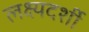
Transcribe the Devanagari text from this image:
लक्ष्यदर्शी